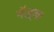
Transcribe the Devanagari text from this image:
मॅल्र्का